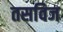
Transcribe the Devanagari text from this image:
तसविज